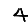
Digit: 4